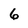
Character: 6